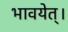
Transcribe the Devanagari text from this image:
भावयेत्‌।